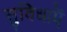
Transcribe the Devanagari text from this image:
सुविधाएें